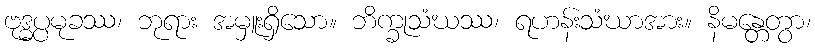
ဗုဒ္ဓပ္ပမုခဿ၊ ဘုရား အမှူးရှိသော။ ဘိက္ခုသံဃဿ၊ ရဟန်းသံဃာအား။ နိမန္တေတွာ၊